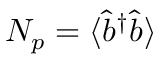
N _ { p } = \langle \hat { b } ^ { \dag } \hat { b } \rangle